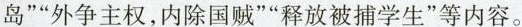
岛””外争主权，内除国贼””释放被捕学生”等内容。